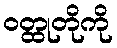
ဝတ္ထုတိုကို